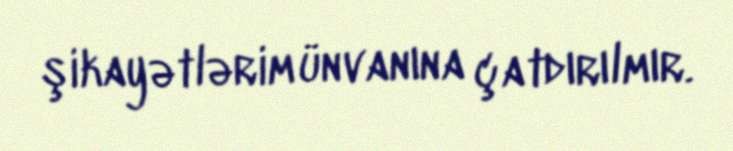
şikayətlərim ünvanına çatdırılmır.